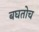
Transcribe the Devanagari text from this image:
बघतोच